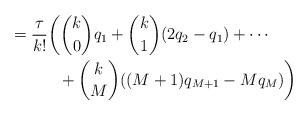
LaTeX: \begin{align*}& = \frac{\tau}{k!} \bigg( \binom{k}{0}q_1 + \binom{k}{1}(2q_2-q_1) + \cdots \\&\qquad\quad+ \binom{k}{M}((M+1)q_{M+1}-Mq_M) \bigg)\end{align*}